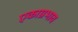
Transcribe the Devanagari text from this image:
एकाग्रभाव